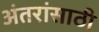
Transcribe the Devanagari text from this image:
अंतरांसाठी